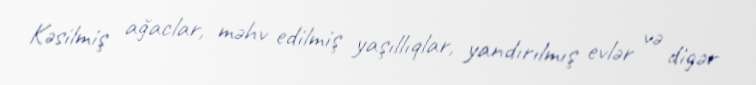
Kəsilmiş ağaclar, məhv edilmiş yaşıllıqlar, yandırılmış evlər və digər